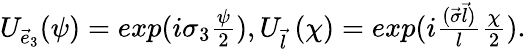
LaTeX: \begin{array}{c}{{U_{{\vec{e}}_{3}}(\psi)=exp(i{\sigma}_{3}{\frac{\psi}{2}}),U_{\vec{l}}~(\chi)=exp(i{\frac{({\vec{\sigma}}{\vec{l}})}{l}}{\frac{\chi}{2}}).}}\end{array}